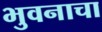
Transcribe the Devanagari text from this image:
भुवनाचा